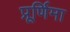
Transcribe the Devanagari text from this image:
प्रूर्णिमा